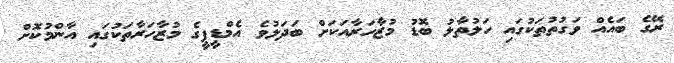
ރޭގެ ބައެއް ވަގުތުތަކުގައި ހަލުތާލު ބޮޑު މުޒާހަރާއަކަށް ބަދަލުވެ އެމްޑީޕީގެ މުޒާހަރާތަކުގައި އާންމުކޮށް